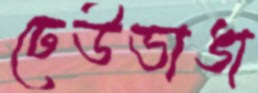
ঢেউভাঙা